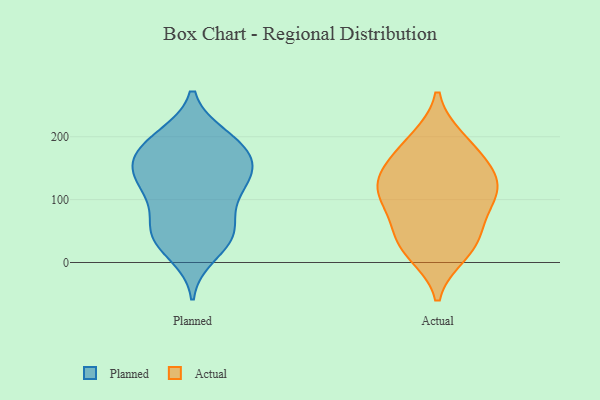
{"axis": {"x": "Latency (ms)", "y": "Value"}, "legend": ["Actual", "Planned"], "data": [{"x": "", "y": 37, "type": "Planned"}, {"x": "", "y": 106, "type": "Planned"}, {"x": "", "y": 57, "type": "Planned"}, {"x": "", "y": 197, "type": "Planned"}, {"x": "", "y": 135, "type": "Planned"}, {"x": "", "y": 181, "type": "Planned"}, {"x": "", "y": 13, "type": "Planned"}, {"x": "", "y": 102, "type": "Planned"}, {"x": "", "y": 200, "type": "Planned"}, {"x": "", "y": 158, "type": "Planned"}, {"x": "", "y": 39, "type": "Planned"}, {"x": "", "y": 46, "type": "Planned"}, {"x": "", "y": 151, "type": "Planned"}, {"x": "", "y": 53, "type": "Planned"}, {"x": "", "y": 171, "type": "Planned"}, {"x": "", "y": 148, "type": "Planned"}, {"x": "", "y": 138, "type": "Planned"}, {"x": "", "y": 116, "type": "Planned"}, {"x": "", "y": 194, "type": "Planned"}, {"x": "", "y": 151, "type": "Actual"}, {"x": "", "y": 55, "type": "Actual"}, {"x": "", "y": 15, "type": "Actual"}, {"x": "", "y": 27, "type": "Actual"}, {"x": "", "y": 91, "type": "Actual"}, {"x": "", "y": 117, "type": "Actual"}, {"x": "", "y": 153, "type": "Actual"}, {"x": "", "y": 33, "type": "Actual"}, {"x": "", "y": 188, "type": "Actual"}, {"x": "", "y": 121, "type": "Actual"}, {"x": "", "y": 98, "type": "Actual"}, {"x": "", "y": 195, "type": "Actual"}, {"x": "", "y": 124, "type": "Actual"}]}